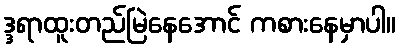
ဒ္ဒရာထူးတည်မြဲနေအောင် ကစားနေမှာပါ။